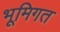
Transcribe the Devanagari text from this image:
भूमिगत